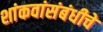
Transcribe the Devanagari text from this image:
शांकवांसंबंधीचे